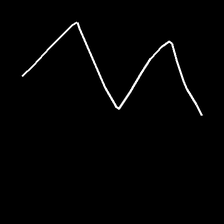
Glyph: crush